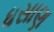
ધસાણ